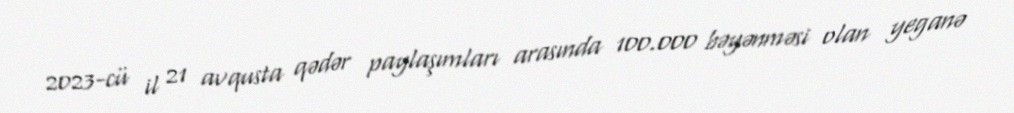
2023-cü il 21 avqusta qədər paylaşımları arasında 100.000 bəyənməsi olan yeganə